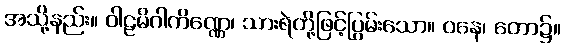
အသို့နည်း။ ဝါဠမိဂါကိဏ္ဏေ၊ သားရဲတို့ဖြင့်ပြွမ်းသော။ ဝနေ၊ တော၌။